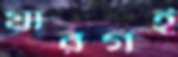
যারগই